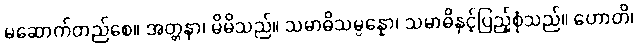
မဆောက်တည်စေ။ အတ္တနာ၊ မိမိသည်။ သမာဓိသမ္ပန္နော၊ သမာဓိနှင့်ပြည့်စုံသည်။ ဟောတိ၊